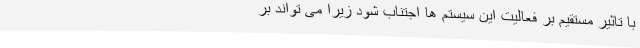
با تاثیر مستقیم بر فعالیت این سیستم ها اجتناب شود زیرا می تواند بر